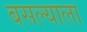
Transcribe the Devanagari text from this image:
बसल्याला